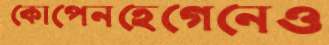
কোপেনহেগেনেও